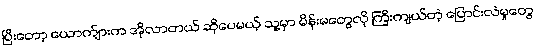
ပြီးတော့ ယောက်ျားက အိုလာတယ် ဆိုပေမယ့် သူ့မှာ မိန်းမတွေလို ကြီးကျယ်တဲ့ ပြောင်းလဲမှုတွေ